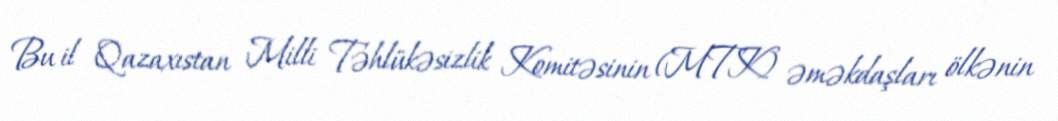
Bu il Qazaxıstan Milli Təhlükəsizlik Komitəsinin (MTK) əməkdaşları ölkənin